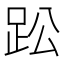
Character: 𮛌